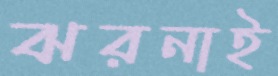
ঝরনাই